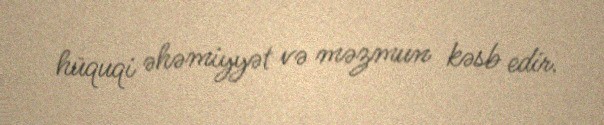
hüquqi əhəmiyyət və məzmun kəsb edir.